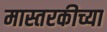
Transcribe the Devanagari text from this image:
मास्तरकीच्या